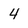
Character: 4